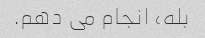
بله، انجام می دهم.